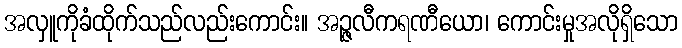
အလှူကိုခံထိုက်သည်လည်းကောင်း။ အဉ္ဇလီကရဏီယော၊ ကောင်းမှုအလိုရှိသော